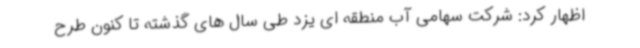
اظهار کرد: شرکت سهامی آب منطقه ای یزد طی سال های گذشته تا کنون طرح